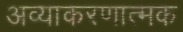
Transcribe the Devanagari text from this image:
अव्याकरणात्मक